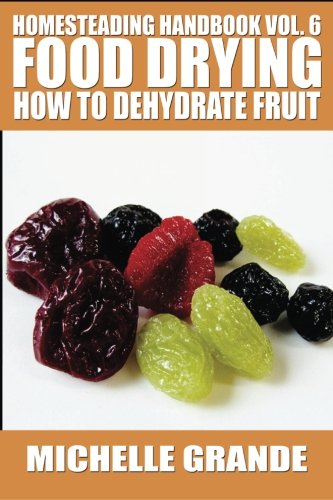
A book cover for Homesteading Handbook vol. 6 Food Drying: How to Dehydrate Fruit (Homesteading Handbooks) (Volume 6); Michelle Grande; Cookbooks, Food & Wine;